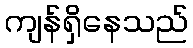
ကျန်ရှိနေသည်